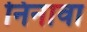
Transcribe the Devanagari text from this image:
निनावा